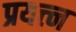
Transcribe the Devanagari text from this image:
प्रयत्त्‍न